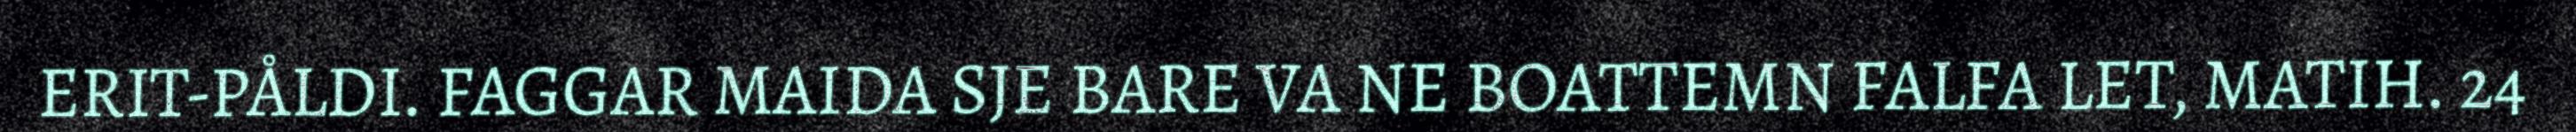
ERIT-PÅLDI. FAGGAR MAIDA SJE BARE VA NE BOATTEMN FALFA LET, MATIH. 24